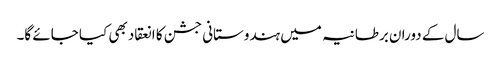
سال کے دوران برطانیہ میں ہندوستانی جشن کا انعقاد بھی کیا جائے گا۔